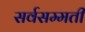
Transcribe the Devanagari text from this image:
सर्वसम्मती